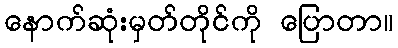
နောက်ဆုံးမှတ်တိုင်ကို ပြောတာ။